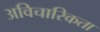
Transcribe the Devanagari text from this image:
अविचारिकता